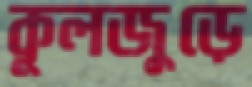
কূলজুড়ে